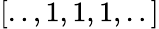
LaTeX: [..,1,1,1,..]